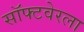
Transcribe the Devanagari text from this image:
सॉफ्टवेरला